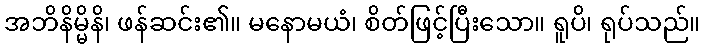
အဘိနိမ္မိနိ၊ ဖန်ဆင်း၏။ မနောမယံ၊ စိတ်ဖြင့်ပြီးသော။ ရူပိ၊ ရုပ်သည်။